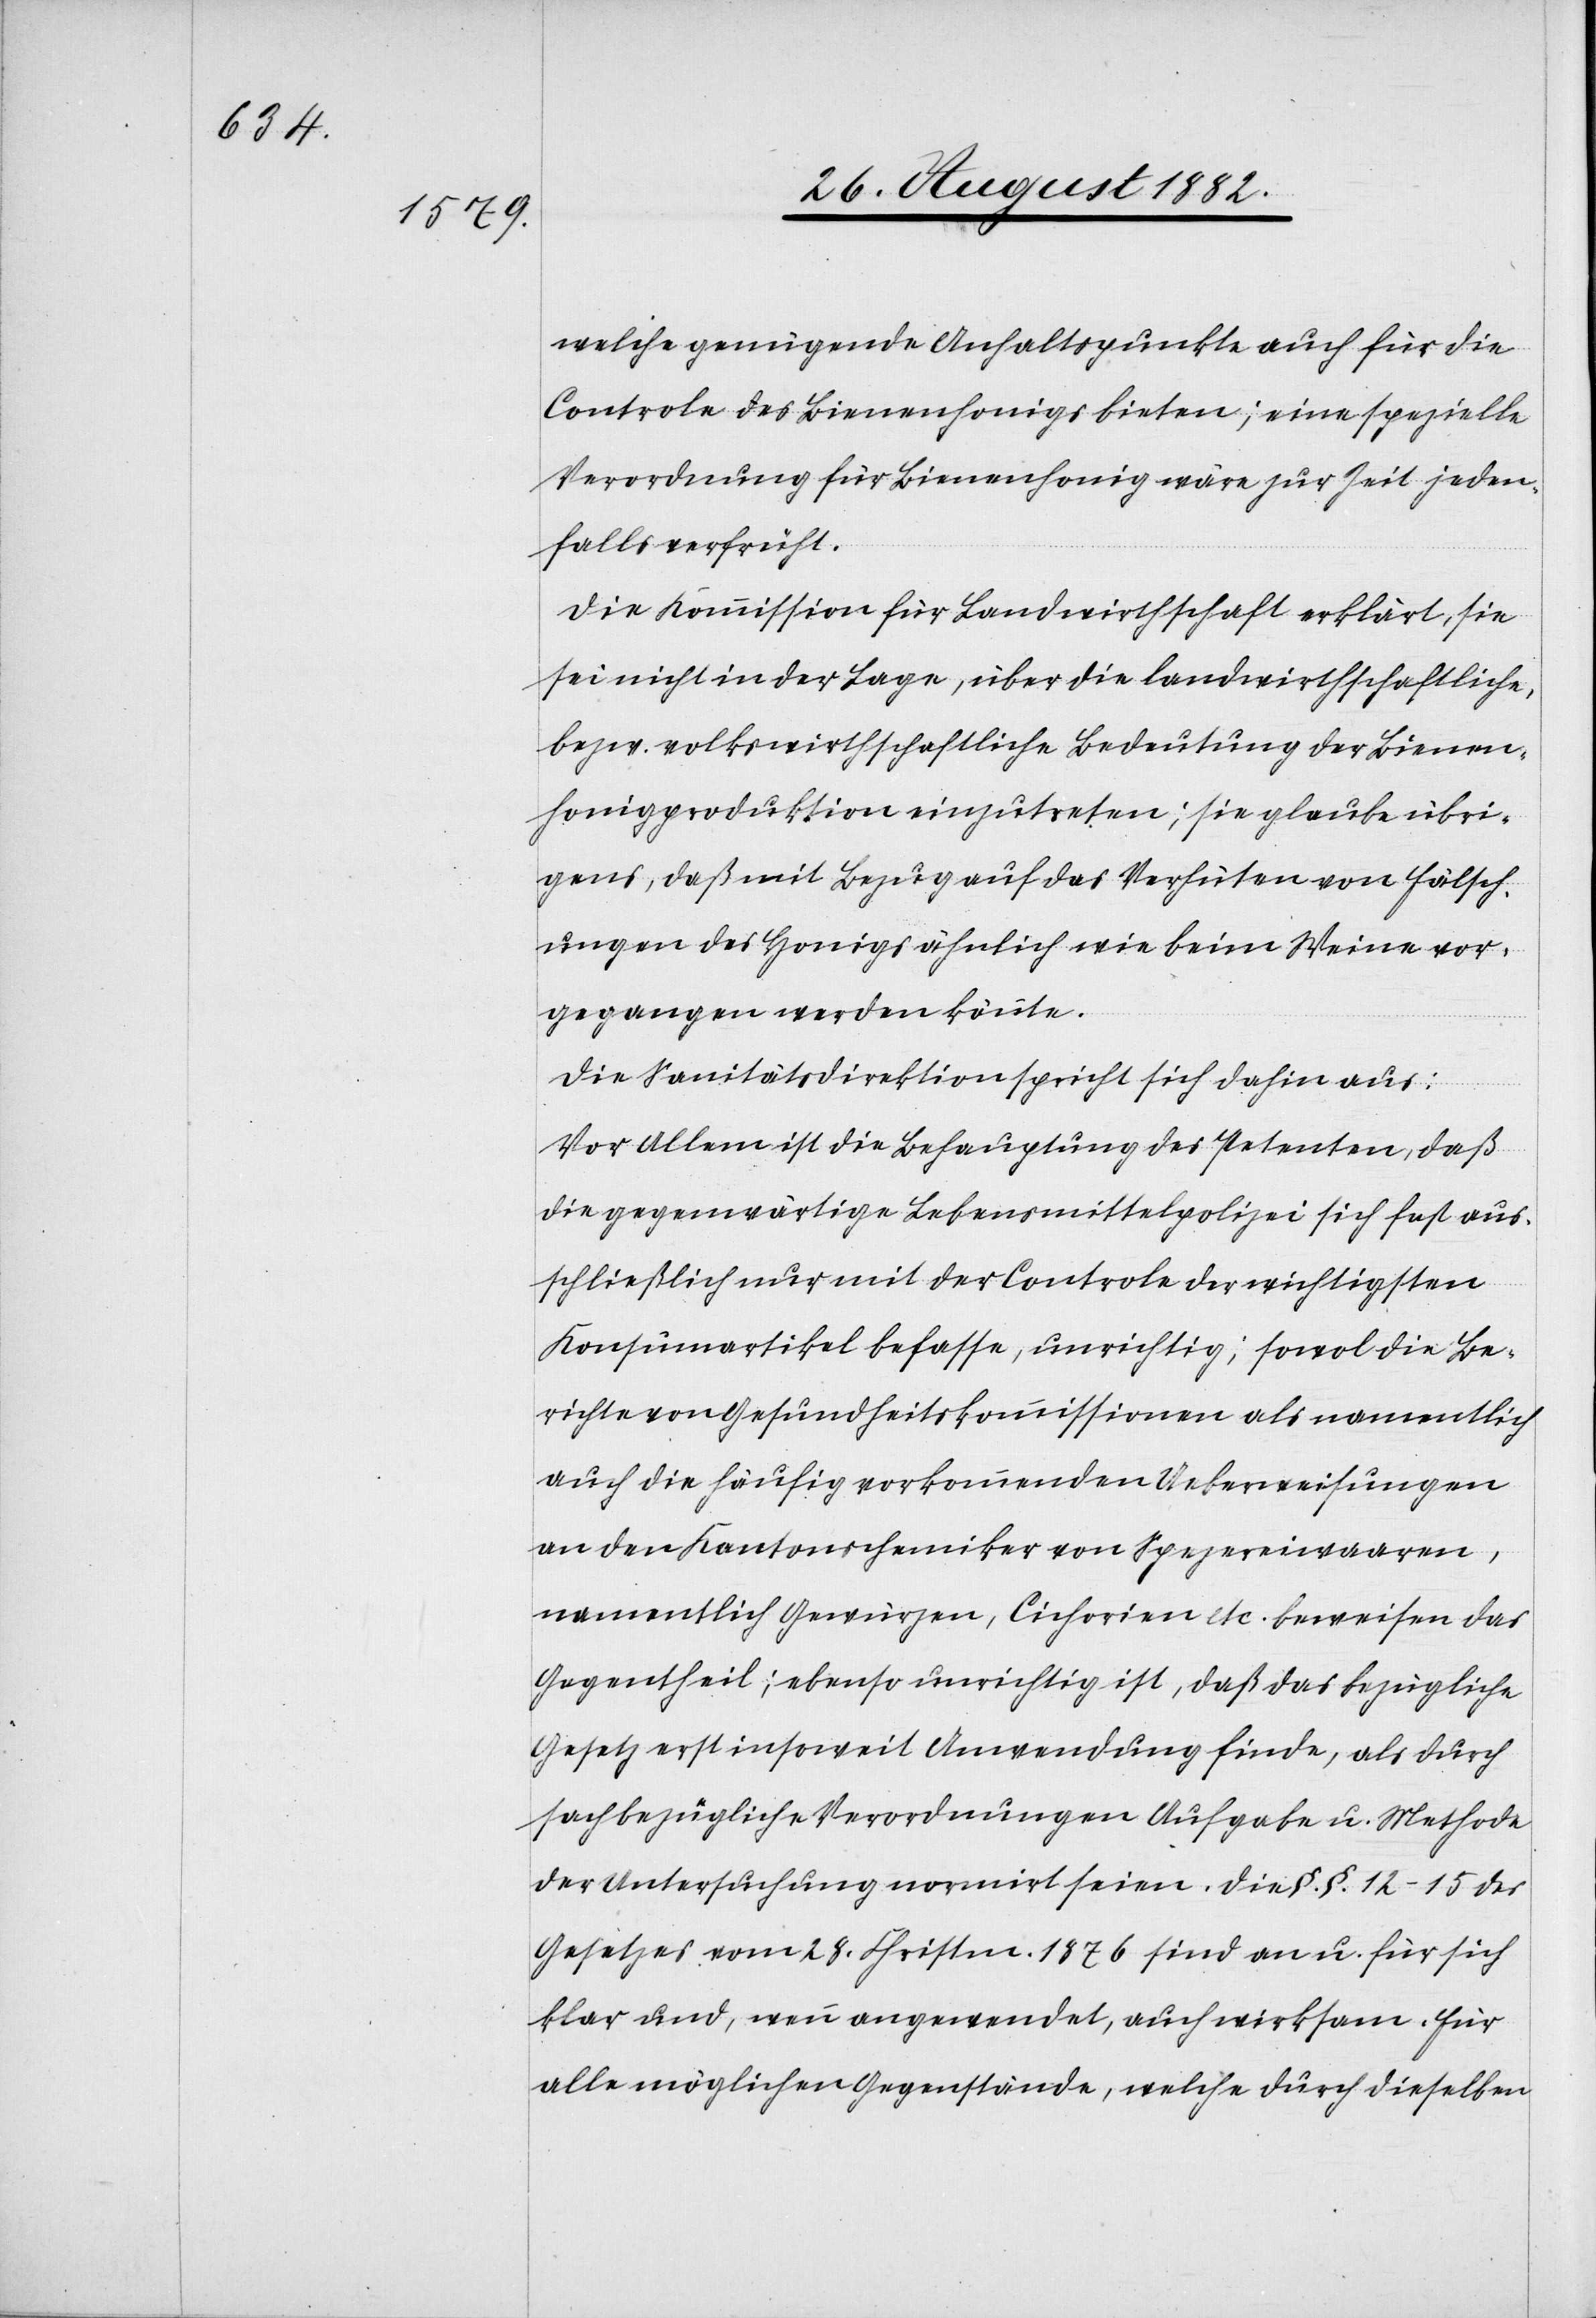
welche genügende Anhaltspunkte auch für die
Controle des Bienenhonigs bieten; eine spezielle
Verordnung für Bienenhonig wäre zur Zeit jeden¬
falls verfrüht.
Die Kommission für Landwirthschaft erklärt, sie
sei nicht in der Lage, über die landwirthschaftliche
bezw. volkswirthschaftliche Bedeutung der Bienen¬
honigproduktion einzutreten; sie glaube übri¬
gens, daß mit Bezug auf das Verhüten von Fälsch¬
ungen des Honigs ähnlich wie beim Weine vor¬
gegangen werden könnte.
Die Sanitätsdirektion spricht sich dahin aus:
Vor Allem ist die Behauptung des Petenten, daß
die gegenwärtige Lebensmittelpolizei sich fast aus¬
schließlich nur mit der Controle der wichtigsten
Konsumartikel befasse, unrichtig; sowol die Be¬
richte von Gesundheitskommissionen als namentlich
auch die häufig vorkommenden Ueberweisungen
an den Kantonschemiker von Spezereiwaaren,
namentlich Gewürzen, Cichorien etc. beweisen das
Gegentheil; ebenso unrichtig ist, daß das bezügliche
Gesetz erst insoweit Anwendung finde, als durch
sachbezügliche Verordnungen Aufgabe u. Methode
der Untersuchung normirt seien. Die §. §. 12–15 des
Gesetzes vom 28. Christm. 1876 sind an u. für sich
klar und, wenn angewendet, auch wirksam. Für
alle möglichen Gegenstände, welche durch dieselben